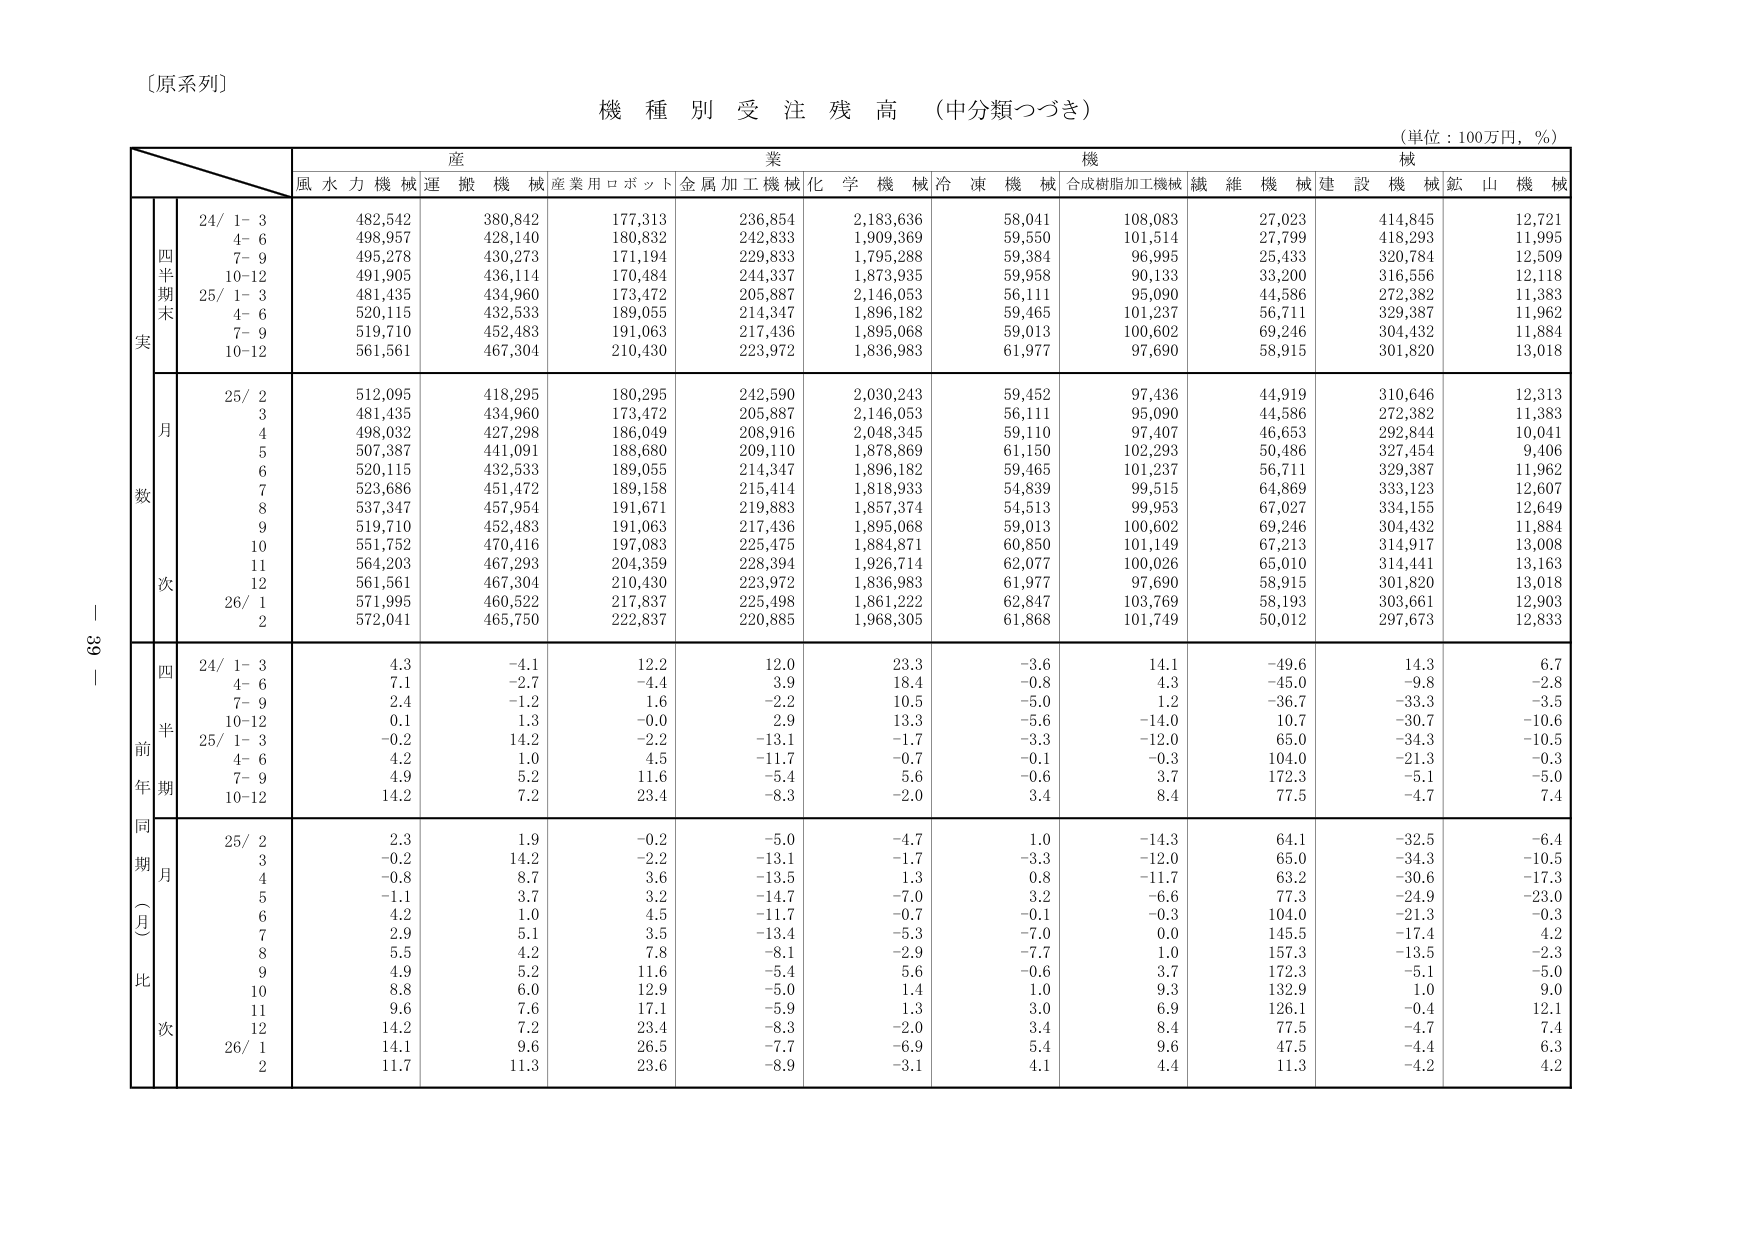
〔原系列〕
機種別受注残高（中分類つづき）
（単位：100万円，％）

産業機械
風水力機械 運搬機械 産業用ロボット 金属加工機械 化学機械 冷凍機械 合成樹脂加工機械 繊維機械 建設機械 鉱山機械

四半期末実数
24/ 1-3 482,542 380,842 177,313 236,854 2,183,636 58,041 108,083 27,023 414,845 12,721
4-6 498,957 428,140 180,832 242,833 1,909,369 59,550 101,514 27,799 418,293 11,995
7-9 495,278 430,273 171,194 229,833 1,795,288 59,384 96,995 25,433 320,784 12,509
10-12 491,905 436,114 170,484 244,337 1,873,935 59,958 90,133 33,200 316,556 12,118
25/ 1-3 481,435 434,960 173,472 205,887 2,146,053 56,111 95,090 44,586 272,382 11,383
4-6 520,115 432,533 189,055 214,347 1,896,182 59,465 101,237 56,711 329,387 11,962
7-9 519,710 452,483 191,063 217,436 1,895,068 59,013 100,602 69,246 304,432 11,884
10-12 561,561 467,304 210,430 223,972 1,836,983 61,977 97,690 58,915 301,820 13,018

月次
25/ 2 512,095 418,295 180,295 242,590 2,030,243 59,452 97,436 44,919 310,646 12,313
3 481,435 434,960 173,472 205,887 2,146,053 56,111 95,090 44,586 272,382 11,383
4 498,032 427,298 186,049 208,916 2,048,345 59,110 97,407 46,653 292,844 10,041
5 507,387 441,091 188,680 209,110 1,878,869 61,150 102,293 50,486 327,454 9,406
6 520,115 432,533 189,055 214,347 1,896,182 59,465 101,237 56,711 329,387 11,962
7 523,686 451,472 189,158 215,414 1,818,933 54,839 99,515 64,869 333,123 12,607
8 537,347 457,954 191,671 219,883 1,857,374 54,513 99,953 67,027 334,155 12,649
9 519,710 452,483 191,063 217,436 1,895,068 59,013 100,602 69,246 304,432 11,884
10 551,752 470,416 197,083 225,475 1,884,871 60,850 101,149 67,213 314,917 13,008
11 564,203 467,293 204,359 228,394 1,926,714 62,077 100,026 65,010 314,441 13,163
12 561,561 467,304 210,430 223,972 1,836,983 61,977 97,690 58,915 301,820 13,018
26/ 1 571,995 460,522 217,837 225,498 1,861,222 62,847 103,769 58,193 303,661 12,903
2 572,041 465,750 222,837 220,885 1,968,305 61,868 101,749 50,012 297,673 12,833

四半期前期同比
24/ 1-3 4.3 -4.1 12.2 12.0 23.3 -3.6 14.1 -49.6 14.3 6.7
4-6 7.1 -2.7 -4.4 3.9 18.4 -0.8 4.3 -45.0 -9.8 -2.8
7-9 2.4 -1.2 1.6 -2.2 10.5 -5.0 1.2 -36.7 -33.3 -3.5
10-12 0.1 1.3 -0.0 2.9 13.3 -5.6 -14.0 10.7 -30.7 -10.6
25/ 1-3 -0.2 14.2 -2.2 -13.1 -1.7 -3.3 -12.0 65.0 -34.3 -10.5
4-6 4.2 1.0 4.5 -11.7 -0.7 -0.1 -0.3 104.0 -21.3 -0.3
7-9 4.9 5.2 11.6 -5.4 5.6 -0.6 3.7 172.3 -5.1 -5.0
10-12 14.2 7.2 23.4 -8.3 -2.0 3.4 8.4 77.5 -4.7 7.4

同期（月）比
25/ 2 2.3 1.9 -0.2 -5.0 -4.7 1.0 -14.3 64.1 -32.5 -6.4
3 -0.2 14.2 -2.2 -13.1 -1.7 -3.3 -12.0 65.0 -34.3 -10.5
4 -0.8 8.7 3.6 -13.5 1.3 0.8 -11.7 63.2 -30.6 -17.3
5 -1.1 3.7 3.2 -14.7 -7.0 3.2 -6.6 77.3 -24.9 -23.0
6 4.2 1.0 4.5 -11.7 -0.7 -0.1 -0.3 104.0 -21.3 -0.3
7 2.9 5.1 3.5 -13.4 -5.3 -7.0 0.0 145.5 -17.4 4.2
8 5.5 4.2 7.8 -8.1 -2.9 -7.7 1.0 157.3 -13.5 -2.3
9 4.9 5.2 11.6 -5.4 5.6 -0.6 3.7 172.3 -5.1 -5.0
10 8.8 6.0 12.9 -5.0 1.4 1.0 9.3 132.9 1.0 9.0
11 9.6 7.6 17.1 -5.9 1.3 3.0 6.9 126.1 -0.4 12.1
12 14.2 7.2 23.4 -8.3 -2.0 3.4 8.4 77.5 -4.7 7.4
26/ 1 14.1 9.6 26.5 -7.7 -6.9 5.4 9.6 47.5 -4.4 6.3
2 11.7 11.3 23.6 -8.9 -3.1 4.1 4.4 11.3 -4.2 4.2

39